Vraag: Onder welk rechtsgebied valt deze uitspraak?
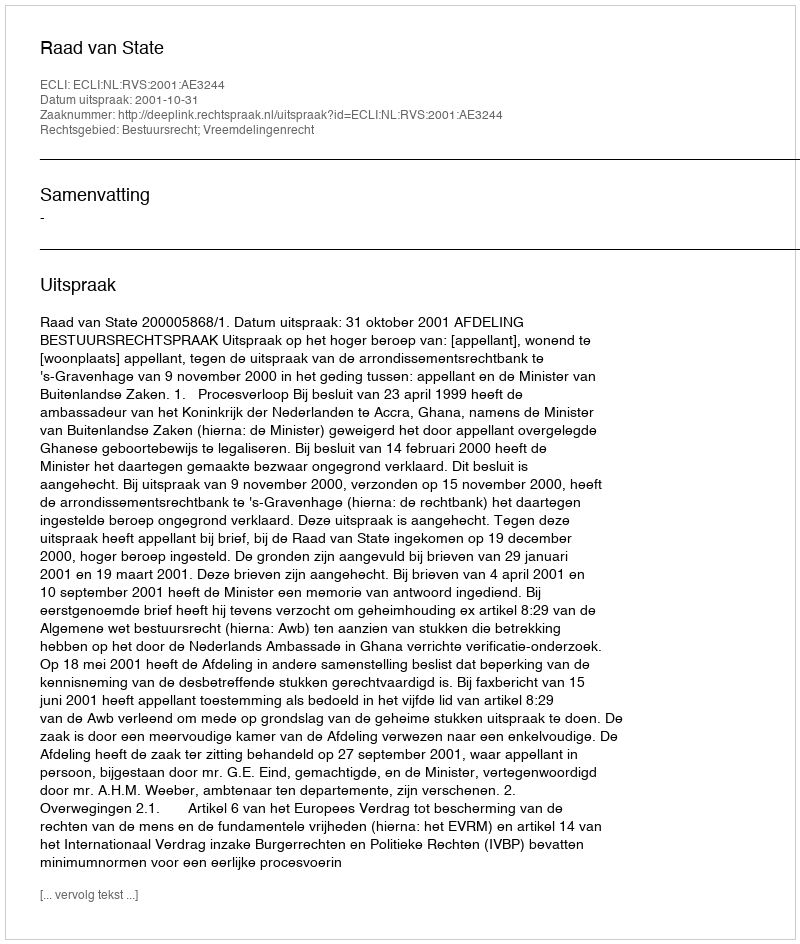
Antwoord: Bestuursrecht; Vreemdelingenrecht